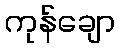
ကုန်ချော